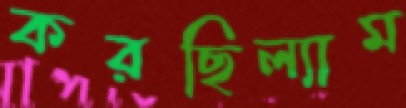
করছিল্যাম